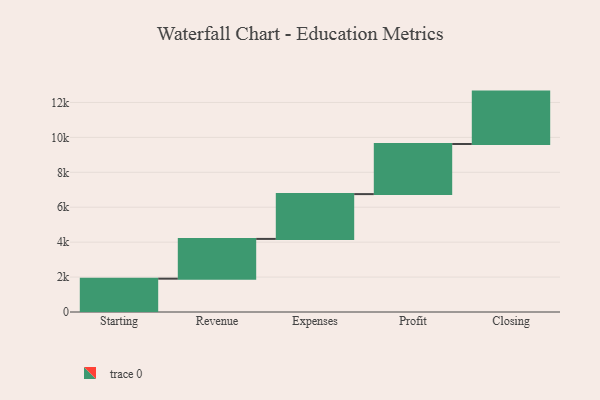
{"axis": {"x": "Step", "y": "Value"}, "legend": [""], "data": [{"x": "Starting", "y": 1909.0, "type": ""}, {"x": "Revenue", "y": 2277.0, "type": ""}, {"x": "Expenses", "y": 2566.0, "type": ""}, {"x": "Profit", "y": 2870.0, "type": ""}, {"x": "Closing", "y": 3000, "type": ""}]}